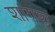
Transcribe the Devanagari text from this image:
शांगशु